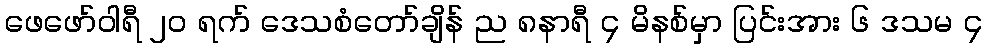
ဖေဖော်ဝါရီ ၂၀ ရက် ဒေသစံတော်ချိန် ည ၈နာရီ ၄ မိနစ်မှာ ပြင်းအား ၆ ဒသမ ၄